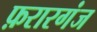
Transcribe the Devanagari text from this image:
फ़रारगंज